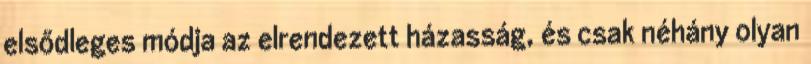
elsődleges módja az elrendezett házasság, és csak néhány olyan